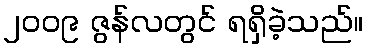
၂၀၀၉ ဇွန်လတွင် ရရှိခဲ့သည်။